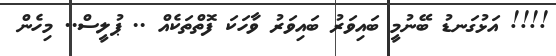
!!!! އަޅުގަނޑު ބޭނުމީ ބައިވަރު ބައިވަރު ވާހަކަ ފޮތްތަކެއް .. ޕުލީސް.. މިހެން